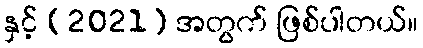
နှင့် (2021) အတွက် ဖြစ်ပါတယ်။